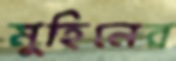
মুহিনের